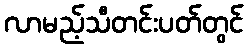
လာမည့်သီတင်းပတ်တွင်